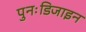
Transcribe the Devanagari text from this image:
पुनःडिजाइन